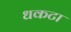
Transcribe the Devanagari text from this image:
धकटा